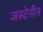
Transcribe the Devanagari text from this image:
जस्टेनीन